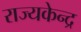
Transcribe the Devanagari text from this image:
राज्यकेन्द्र